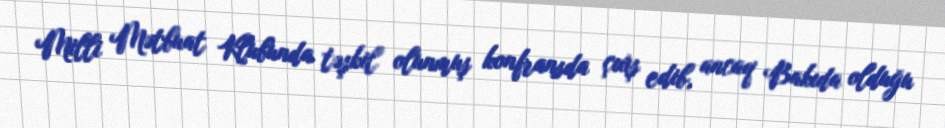
Milli Mətbuat Klubunda təşkil olunmuş konfransda çıxış edib, ancaq Bakıda olduğu